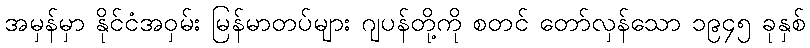
အမှန်မှာ နိုင်ငံအဝှမ်း မြန်မာတပ်များ ဂျပန်တို့ကို စတင် တော်လှန်သော ၁၉၄၅ ခုနှစ်